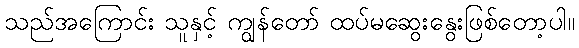
သည်အကြောင်း သူနှင့် ကျွန်တော် ထပ်မဆွေးနွေးဖြစ်တော့ပါ။